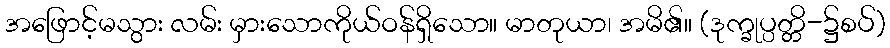
အဖြောင့်မသွား လမ်း မှားသောကိုယ်ဝန်ရှိသော။ မာတုယာ၊ အမိ၏။ (ဒုက္ခုပ္ပတ္တိ-၌စပ်)